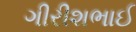
ગીરીશભાઈ